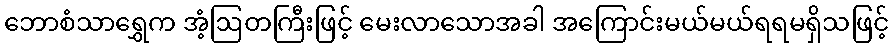
ဘောစံသာရွှေက အံ့ဩတကြီးဖြင့် မေးလာသောအခါ အကြောင်းမယ်မယ်ရရမရှိသဖြင့်